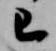
已